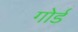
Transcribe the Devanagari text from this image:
गोर्ड